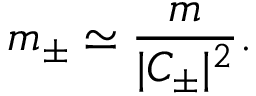
m _ { \pm } \simeq \frac { m } { | C _ { \pm } | ^ { 2 } } .